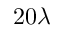
2 0 \lambda